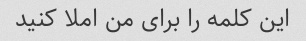
این کلمه را برای من املا کنید